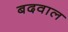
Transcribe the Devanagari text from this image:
बदवाल